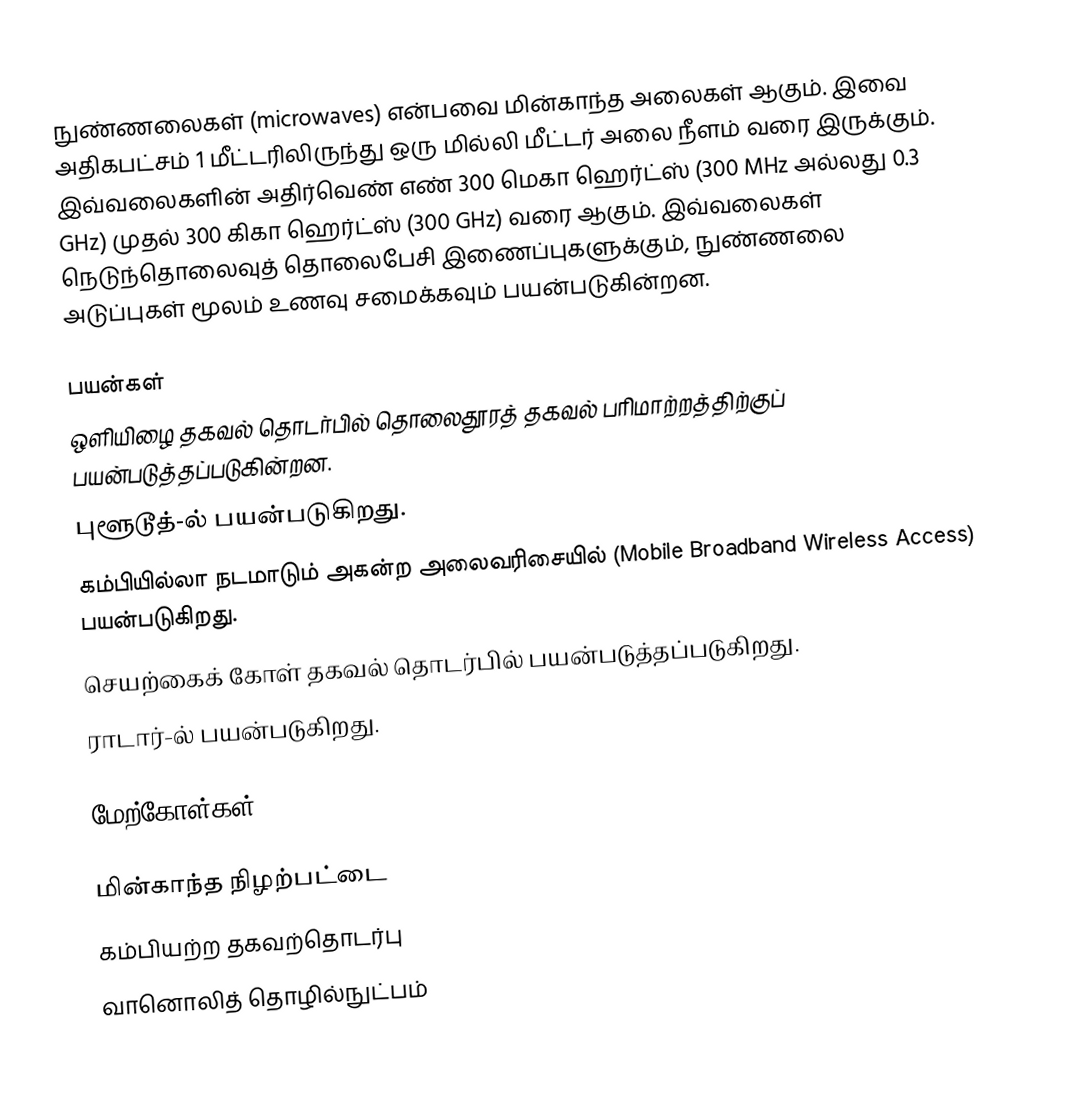
நுண்ணலைகள் (microwaves) என்பவை மின்காந்த அலைகள் ஆகும். இவை அதிகபட்சம் 1 மீட்டரிலிருந்து ஒரு மில்லி மீட்டர் அலை நீளம் வரை இருக்கும். இவ்வலைகளின் அதிர்வெண் எண் 300 மெகா ஹெர்ட்ஸ் (300 MHz அல்லது 0.3 GHz) முதல் 300 கிகா ஹெர்ட்ஸ் (300 GHz) வரை ஆகும். இவ்வலைகள் நெடுந்தொலைவுத் தொலைபேசி இணைப்புகளுக்கும், நுண்ணலை அடுப்புகள் மூலம் உணவு சமைக்கவும் பயன்படுகின்றன.

பயன்கள்
 ஒளியிழை தகவல் தொடர்பில் தொலைதூரத் தகவல் பரிமாற்றத்திற்குப் பயன்படுத்தப்படுகின்றன.
 புளூடூத்-ல் பயன்படுகிறது.
 கம்பியில்லா நடமாடும் அகன்ற அலைவரிசையில் (Mobile Broadband Wireless Access) பயன்படுகிறது.
 செயற்கைக் கோள் தகவல் தொடர்பில் பயன்படுத்தப்படுகிறது.
 ராடார்-ல் பயன்படுகிறது.

மேற்கோள்கள்

மின்காந்த நிழற்பட்டை
கம்பியற்ற தகவற்தொடர்பு
வானொலித் தொழில்நுட்பம்